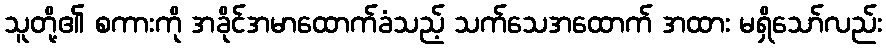
သူတို့၏ စကားကို အခိုင်အမာထောက်ခံသည့် သက်သေအထောက် အထား မရှိသော်လည်း